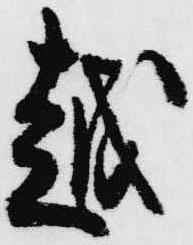
越